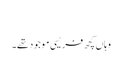
‏
وہاں کچھ فریسی موجود تھے۔